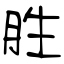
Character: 胜